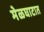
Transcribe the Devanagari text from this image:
मेळघाटात